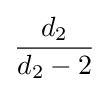
{\frac {d_{2}}{d_{2}-2}}\!